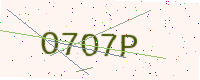
Text: O7O7P